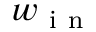
w _ { \mathrm { ~ i ~ n ~ } }